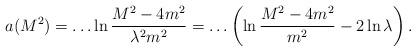
LaTeX: \begin{align*}a(M^2)=\dots \ln \frac{M^2-4m^2}{\lambda^2 m^2} =\dots \left( \ln \frac{M^2-4m^2}{m^2} -2 \ln \lambda \right). \end{align*}